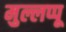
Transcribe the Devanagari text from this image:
मुल्लप्पू